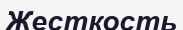
Жесткость